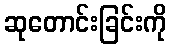
ဆုတောင်းခြင်းကို